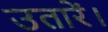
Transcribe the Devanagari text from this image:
उतारें।